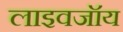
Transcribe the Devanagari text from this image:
लाइवजॉय